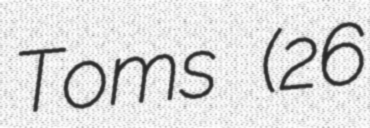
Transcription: Toms (26